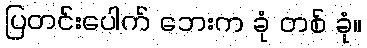
ပြတင်းပေါက် ဘေးက ခုံ တစ် ခုံ။